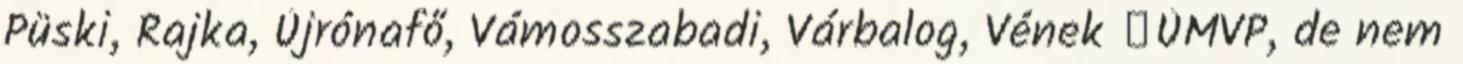
Püski, Rajka, Újrónafő, Vámosszabadi, Várbalog, Vének ▪ÚMVP, de nem